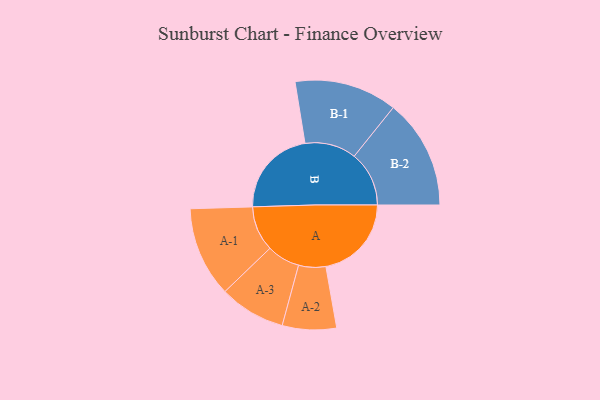
{"axis": {"x": "Segment", "y": "Value"}, "legend": ["", "A", "B"], "data": [{"x": "A", "y": 440, "type": ""}, {"x": "B", "y": 454, "type": ""}, {"x": "A-1", "y": 232, "type": "A"}, {"x": "A-2", "y": 139, "type": "A"}, {"x": "A-3", "y": 170, "type": "A"}, {"x": "B-1", "y": 264, "type": "B"}, {"x": "B-2", "y": 282, "type": "B"}]}